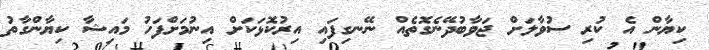
ކިޔާން އެ ކުރި ސުވާލަށް ޖަވާބުދޭނެގޮތެއް ނޭނގިފައި އިރުކޮޅަކަށް އިނުމަށްފަހު މައިޝާ ކިޔާންގާތު